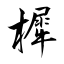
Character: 樨